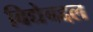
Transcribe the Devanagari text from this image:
विद्येबद्दल